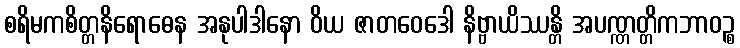
စရိမကစိတ္တနိရောဓေန အနုပါဒါနော ဝိယ ဇာတဝေဒေါ နိဗ္ဗာယိဿန္တိ အပဏ္ဏတ္တိကဘာဝဉ္စ